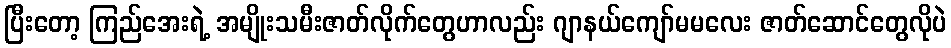
ပြီးတော့ ကြည်အေးရဲ့ အမျိုးသမီးဇာတ်လိုက်တွေဟာလည်း ဂျာနယ်ကျော်မမလေး ဇာတ်ဆောင်တွေလိုပဲ